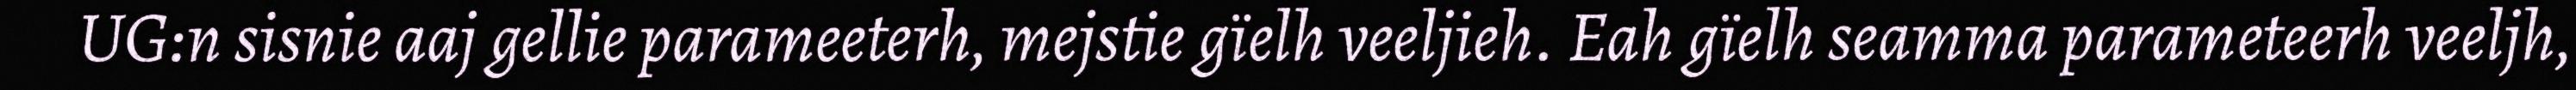
UG:n sisnie aaj gellie parameeterh, mejstie gïelh veeljieh. Eah gïelh seamma parameteerh veeljh,